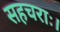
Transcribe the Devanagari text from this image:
सहचराः।